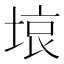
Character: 𭎳